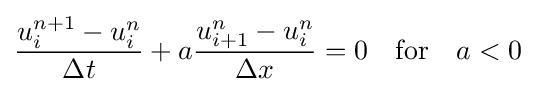
{\frac {u_{i}^{n+1}-u_{i}^{n}}{\Delta t}}+a{\frac {u_{i+1}^{n}-u_{i}^{n}}{\Delta x}}=0\quad {\text{for}}\quad a<0